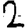
Digit: 2